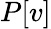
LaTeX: P[v]